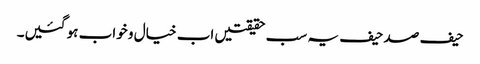
حیف صد حیف یہ سب حقیقتیں اب خیال و خواب ہو گئیں۔